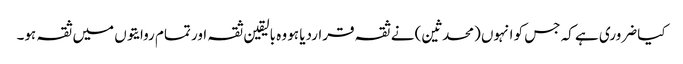
کیا ضروری ہے کہ جس کو انہوں (محدثین) نے ثقہ قراردیا ہو وہ بالیقین ثقہ اور تمام روایتوں میں ثقہ ہو۔